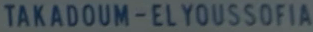
TAKADOUM-ELYOUSSO